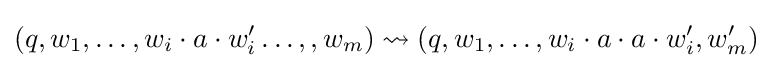
(q,w_{1},\dots ,w_{i}\cdot a\cdot w'_{i}\dots ,,w_{m})\rightsquigarrow (q,w_{1},\dots ,w_{i}\cdot a\cdot a\cdot w'_{i},w'_{m})